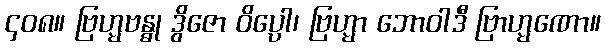
၄၀၈။ ဗြဟ္မဗန္ဓု ဒွိဇော ဝိပ္ပော၊ ဗြဟ္မာ ဘောဝါဒီ ဗြာဟ္မဏော။